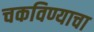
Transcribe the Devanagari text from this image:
चकविण्याचा